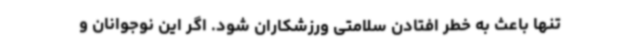
تنها باعث به خطر افتادن سلامتی ورزشکاران شود. اگر این نوجوانان و